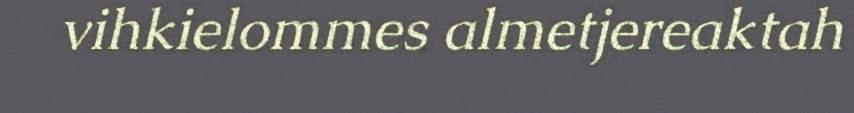
vihkielommes almetjereaktah